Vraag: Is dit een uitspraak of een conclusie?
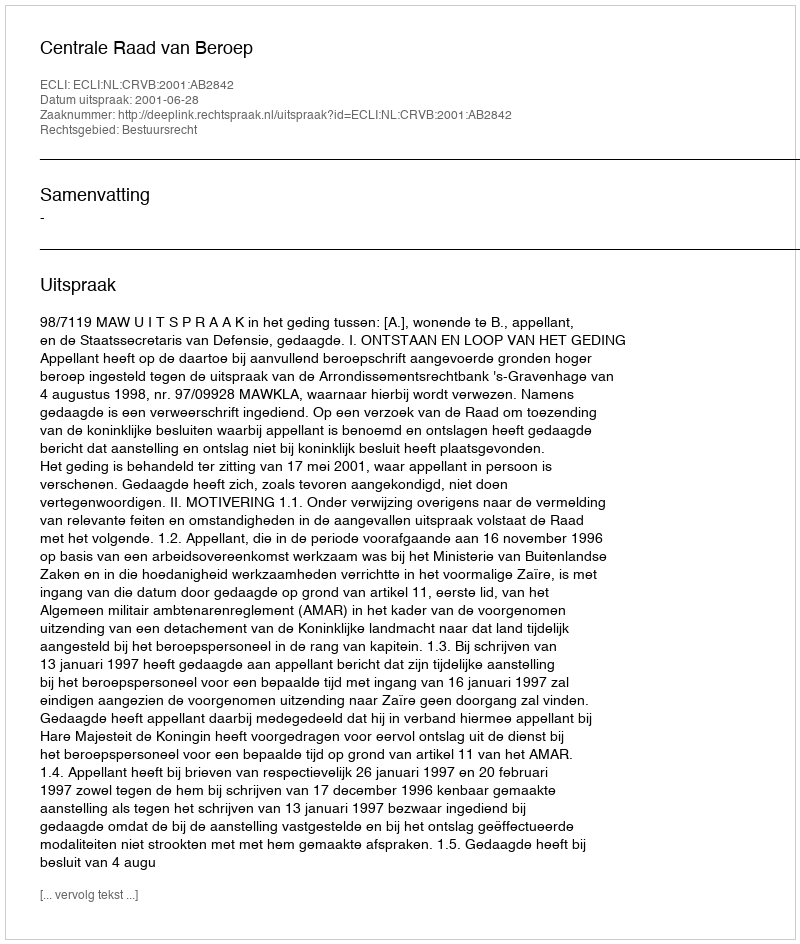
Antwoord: Uitspraak